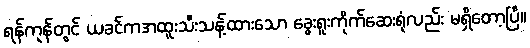
ရန်ကုန်တွင် ယခင်ကအထူးသီးသန့်ထားသော ခွေးရူးကိုက်ဆေးရုံလည်း မရှိတော့ပြီ။